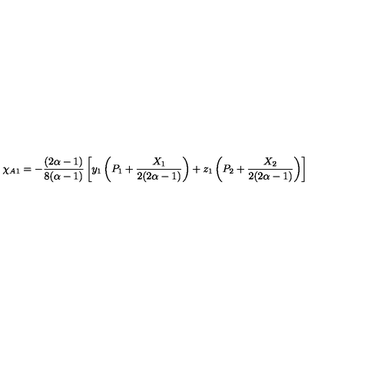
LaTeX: \chi _ { A 1 } = - \frac { ( 2 \alpha - 1 ) } { 8 ( \alpha - 1 ) } \left[ y _ { 1 } \left( P _ { 1 } + \frac { X _ { 1 } } { 2 ( 2 \alpha - 1 ) } \right) + z _ { 1 } \left( P _ { 2 } + \frac { X _ { 2 } } { 2 ( 2 \alpha - 1 ) } \right) \right]